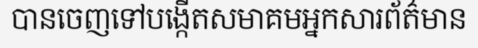
បានចេញទៅបង្កើតសមាគមអ្នកសារព័ត៌មាន